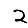
Digit: 2